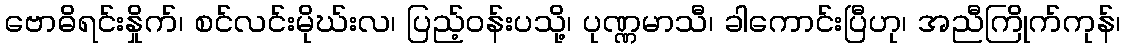
ဗောဓိရင်းနှိုက်၊ စင်လင်းမိုဃ်းလ၊ ပြည့်ဝန်းပသို့၊ ပုဏ္ဏမာသီ၊ ခါကောင်းပြီဟု၊ အညီကြိုက်ကုန်၊